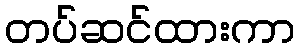
တပ်ဆင်ထားကာ